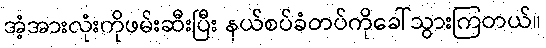
အံ့အားလုံးကိုဖမ်းဆီးပြီး နယ်စပ်ခံတပ်ကိုခေါ်သွားကြတယ်။